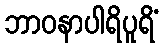
ဘာဝနာပါရိပူရိံ